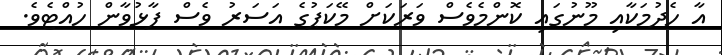
އާ ހެދުމަކާއި މޫނުގައި ކޮންމެވެސް ވަރަކަށް މޭކަޕުގެ އަސަރު ވެސް ފާޅުވާން ހުއްޓެވެ.